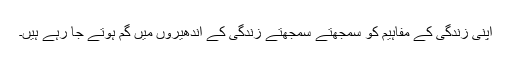
اپنی زندگی کے مفاہیم کو سمجھتے سمجھتے زندگی کے اندھیروں میں گم ہوتے جا رہے ہیں۔